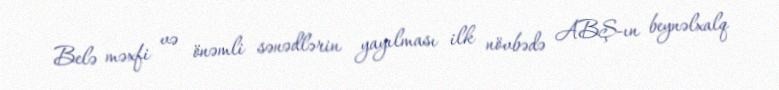
Belə məxfi və önəmli sənədlərin yayılması ilk növbədə ABŞ-ın beynəlxalq